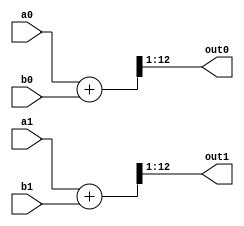
module adder_nonpp
(
	//--- input signeds
		input signed			[11:0]   a0,
		input signed			[11:0]   b0,
		input signed			[11:0]   a1,
		input signed			[11:0]   b1,

	//--- output signeds
		output signed 			[11:0]   out0,
		output signed 			[11:0]   out1
);

		wire signed [12:0] 	se_a0, 	  se_a1;
		wire signed [12:0] 	se_b0, 	  se_b1;
		wire signed [12:0] 	se_out0, se_out1;
 
		assign se_a0   = a0[11:0];			// automated signed extension
		assign se_b0   = b0[11:0];			// automated signed extension
		assign se_out0 = a0 + b0;
		assign out0 = se_out0[12:1];

		assign se_a1   = a1[11:0];			// automated signed extension
		assign se_b1   = b1[11:0];			// automated signed extension
		assign se_out1 = a1 + b1;
		assign out1 = se_out1[12:1];
				
endmodule

module add_alu
(
	input		[7:0] 	a,
	input		[7:0] 	b,
	output		[7:0] 	out
);
	assign out = a + b;
endmodule // module

module sub_alu
(
	input		[7:0] 	a,
	input		[7:0] 	b,
	output		[7:0] 	out
);
	assign out = a - b;
endmodule // module

module and_alu
(
	input		[7:0] 	a,
	input		[7:0] 	b,
	output		[7:0] 	out
);
	assign out = a & b;
endmodule // module

module or_alu
(
	input		[7:0] 	a,
	input		[7:0] 	b,
	output		[7:0] 	out
);
	assign out = a | b;
endmodule // module


module alu
(
	input		[7:0] 	a,
	input		[7:0] 	b,
	input		[1:0] 	op,
	output	reg	[7:0] 	out
);

	wire		[4*8-1:0]	tmp_out;


	add_alu 	inst_add_alu(.a(a), .b(b), .out(tmp_out[31:24]));
	sub_alu 	inst_sub_alu(.a(a), .b(b), .out(tmp_out[23:16]));
	and_alu 	inst_and_alu(.a(a), .b(b), .out(tmp_out[15:8]));
	or_alu		inst_or_alu(.a(a), .b(b), .out(tmp_out[7:0]));

	//assign out = tmp_out >> $unsigned(op);

	always @(op) begin
		case (op)
			0:	out = tmp_out[31:24];
			1:	out = tmp_out[23:16];
			2:	out = tmp_out[15:8];
			default:	out = tmp_out[7:0];
		endcase 
	end
endmodule

module adder
(
	//--- control
		input           					      clk, n_rst, n_stall,
	//--- input signeds
		input signed			[11:0]   a0,
		input signed			[11:0]   b0,
		input signed			[11:0]   a1,
		input signed			[11:0]   b1,

	//--- output signeds
		output reg signed 		[11:0]   out0,
		output reg signed 		[11:0]   out1
);

		reg signed [11:0] 	se_a0, 	  se_a1;
		reg signed [11:0] 	se_b0, 	  se_b1;

		wire signed [11:0] 	se_out0, se_out1;
 
 	// instance
		adder_nonpp inst_adder_nonpp (.a0(se_a0), .b0(se_b0), .a1(se_a1), .b1(se_b1), .out0(se_out0), .out1(se_out1));
		//assign se_out0 = se_a0 & se_b0;
		//assign se_out1 = se_a1 & se_b1;

	// pipeline regs
		always @(posedge clk or negedge n_rst)
		begin
			if (!n_rst) begin
				se_a0 <= 0;
				se_b0 <= 0;
				se_a1 <= 0;
				se_b1 <= 0;
				out0   <= 0;
				out1   <= 0;
			end 
			else begin
				if (n_stall) begin
					se_a0 <= a0;
					se_b0 <= b0;
					se_a1 <= a1;
					se_b1 <= b1;
					out0   <= se_out0;
					out1   <= se_out1;
				end
			end
		end
endmodule